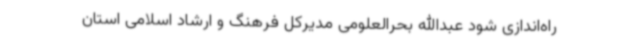
راه‌اندازی شود عبدالله بحرالعلومی مدیرکل فرهنگ و ارشاد اسلامی استان